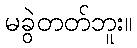
မခွဲတတ်ဘူး။